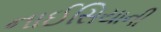
નાઈસિયાની